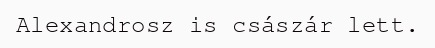
Alexandrosz is császár lett.